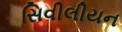
સિવીલીયન